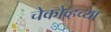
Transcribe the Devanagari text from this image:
चेकोव्हच्या